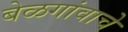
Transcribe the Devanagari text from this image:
बेळगांवाचे